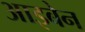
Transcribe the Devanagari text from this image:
आइबेन